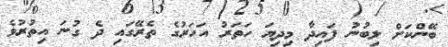
ބޭންކަށް ލިބުނު ފައިދާ މިދިޔަ ހަތަރު އަހަރުގެ ތެރޭގައި ދެ ގުނަ އިތުރުވެ